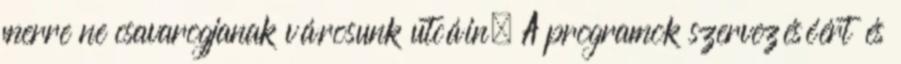
merre ne csavarogjanak városunk utcáin. A programok szervezéséért és